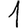
Digit: 1